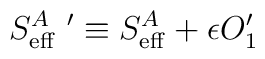
{S^A_{\rm eff}}\ ^\prime\equiv S^A_{\rm eff}+\epsilon O_1^\prime